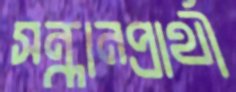
সন্ধানপ্রার্থী